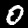
Digit: 0